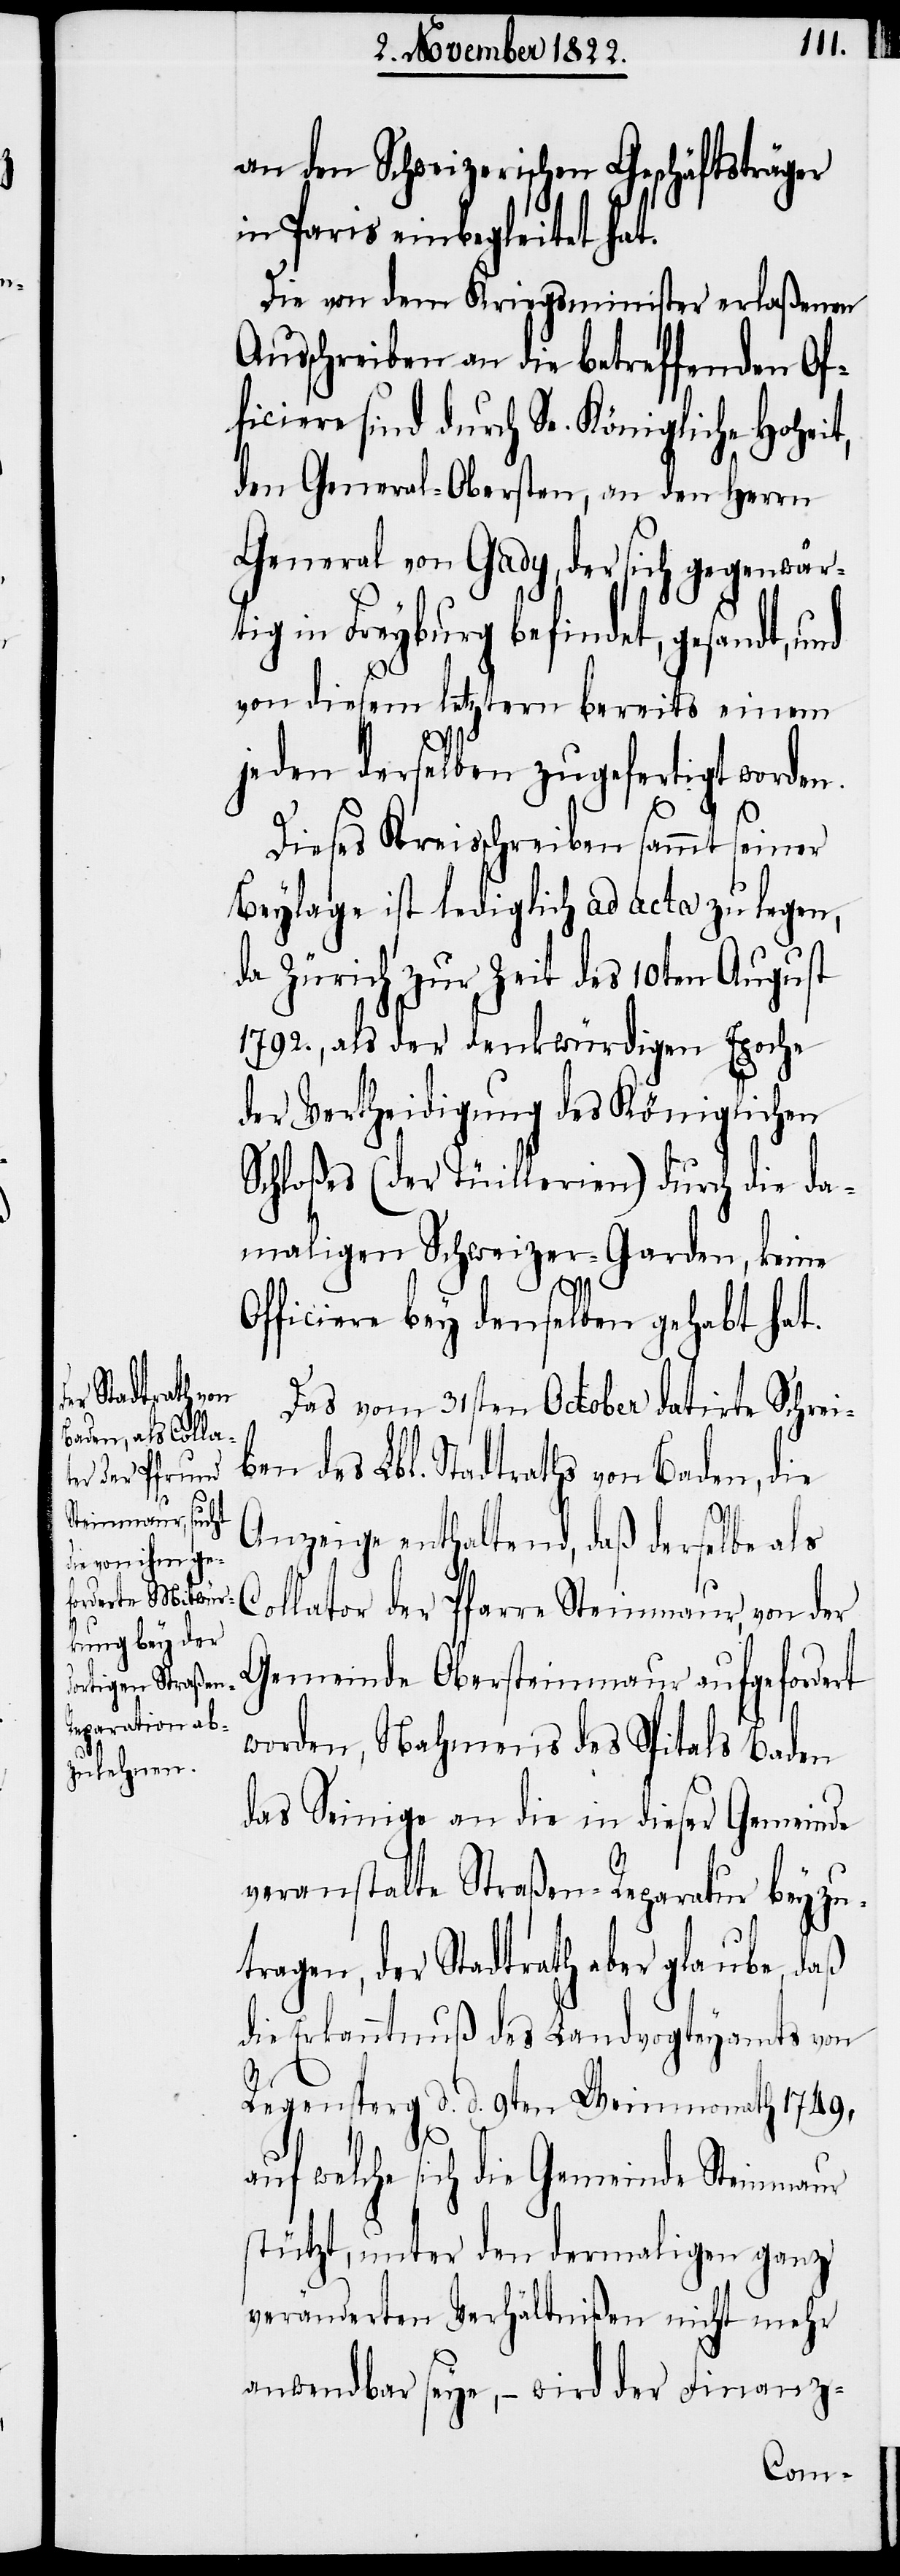
an den Schweizerischen Geschäftsträger
in Paris einbegleitet hat.
Die von dem Kriegsminister erlaßenen
Ausschreiben an die betreffenden Of¬
ficiere sind durch Se. Königliche Hoheit,
den General-Obersten, an den Herrrn
General von Gady, der sich gegenwär¬
tig in Freyburg befindet, gesandt, und
von diesem letztern bereits einem
jeden derselben zugefertigt worden.
Dieses Kreisschreiben sammt seiner
Beylage ist lediglich ad acta zu legen,
da Zürich zur Zeit des 10ten August
1792., als der denkwürdigen Epoche
der Vertheidigung des Königlichen
Schloßes (der Tüillerien) durch die da¬
maligen Schweizer-Garden, keine
Officiere bey denselben gehabt hat.
Das vom 31sten October datirte Schreib¬
en des Lbl. Stadtraths von Baden, die
Anzeige enthaltend, daß derselbe als
Collator der Pfarre Steinmaur, von der
Gemeinde Obersteinmaur aufgefordert
worden, Nahmens des Spitals Baden
das Seinige an die in dieser Gemeinde
veranstalte[te] Straßen-Reparatur beyzu¬
tragen, der Stadtrath aber glaube, daß
die Erkanntnuß des Landvogteyamts von
Regensperg d. d. 9ten Weinmonath 1749,
auf welche sich die Gemeinde Steinmaur
stützt, unter den dermaligen ganz
veränderten Verhältnißen nicht mehr
anwendbar seye, – wird der Finanz-